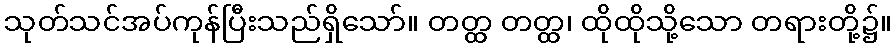
သုတ်သင်အပ်ကုန်ပြီးသည်ရှိသော်။ တတ္ထ တတ္ထ၊ ထိုထိုသို့သော တရားတို့၌။